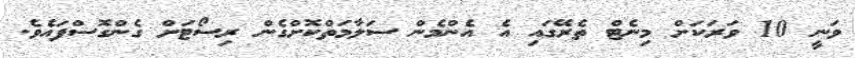
ވަނީ 10 ވަރަކަށް މިނެޓް ތެރޭގައި އެ އެންމެން ސަލާމަތްކޮށްގެން ރިސޯޓަށް ގެންގޮސްފައެވެ.